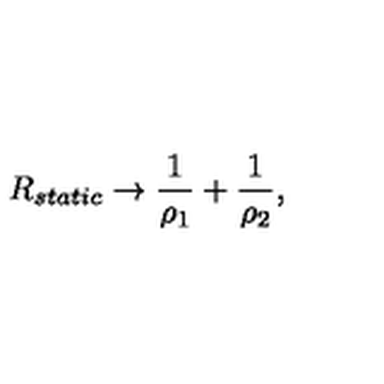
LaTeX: R _ { s t a t i c } \rightarrow \frac { 1 } { \rho _ { 1 } } + \frac { 1 } { \rho _ { 2 } } ,